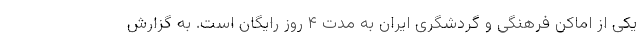
یکی از اماکن فرهنگی و گردشگری ایران به مدت ۴ روز رایگان است. به گزارش